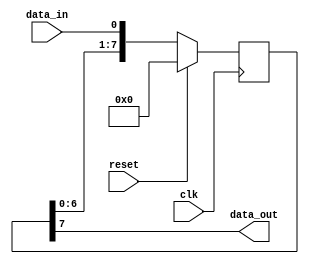
module synchronous_process (
    input wire clk,
    input wire reset,
    input wire data_in,
    output reg data_out
);

reg [7:0] shift_register;

always @ (posedge clk) begin
    if (reset) begin
        shift_register <= 8'b0;
    end else begin
        shift_register <= {shift_register[6:0], data_in};
    end
end

assign data_out = shift_register[7];

endmodule